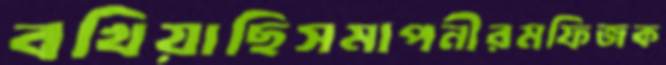
বখিয়াছিসমাপনীরমফিজক